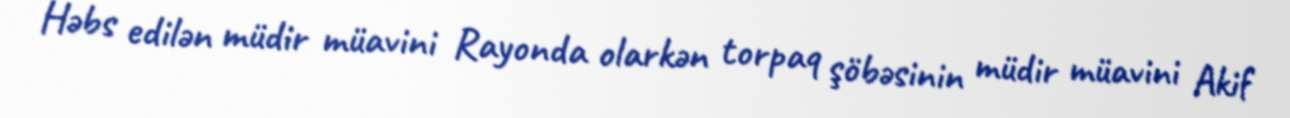
Həbs edilən müdir müavini Rayonda olarkən torpaq şöbəsinin müdir müavini Akif